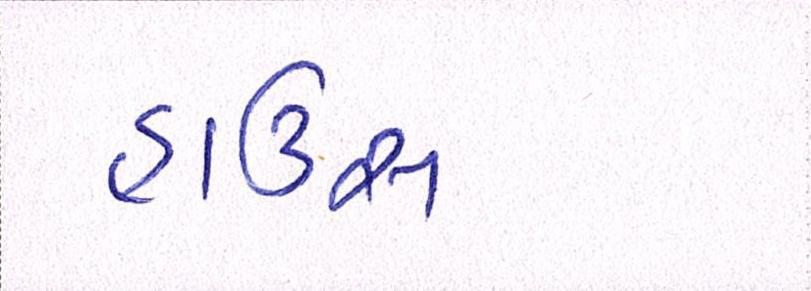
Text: હાઉસ